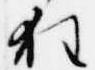
狂